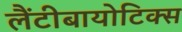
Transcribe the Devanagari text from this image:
लैंटीबायोटिक्स